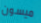
ميسون